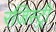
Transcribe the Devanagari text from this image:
रजिस्‍ट्री